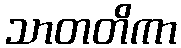
သာတတိကာ